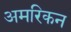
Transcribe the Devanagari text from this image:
अमरिकन